Lock hospitals Punjab
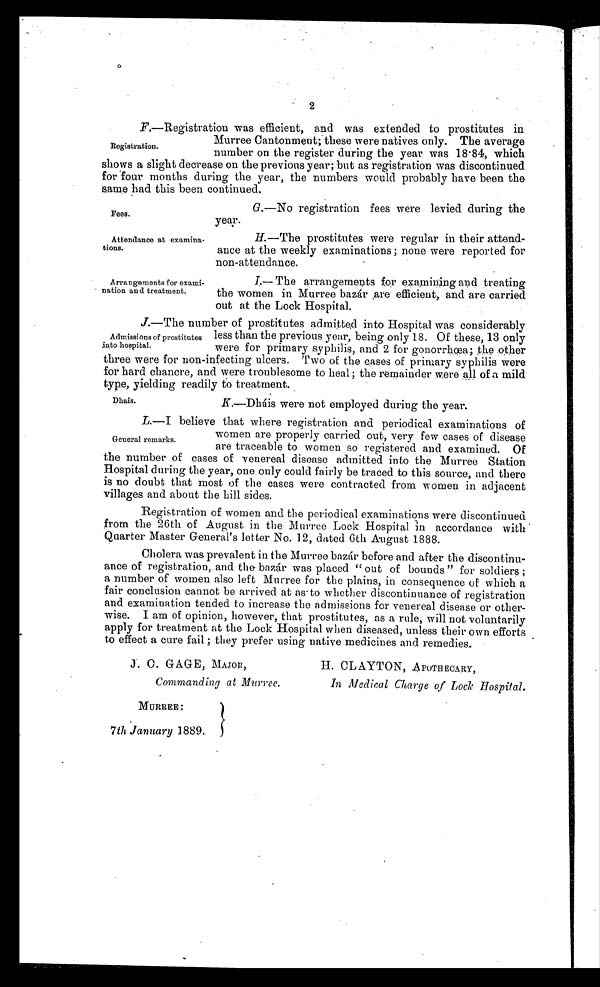
Fees.
Attendance at examina-
tions.
Arrangements for exami-
nation an d treatment.
2
F.—Registration was efficient, and was extended to prostitutes in
Murree Cantonment; these were natives only. The average
Registration.
number on the register during the year was 18.84, which
shows a slight decrease on the previous year; but as registration was discontinued
for four months during the year, the numbers would probably have been the
same had this been continued.
G.—No registration fees were levied during the
year.
H.—The prostitutes were regular in their attend-
ance at the weekly examinations; none were reported for
non-attendance.
I.—The arrangements f or examining and treating
the women in Murree bazár ,are efficient, and are carried
out at the Lock Hospital.
J.—The number of prostitutes admitted into Hospital was considerably
less than the previous year, being only 18. Of these, 13 only
were for primary syphilis, and 2 for gonorrhœa; the other
three were for non-infecting ulcers. Two of the cases of primary syphilis were
for hard chancre, and were troublesome to heal; the remainder were all of a mild
type, yielding readily to treatment.
.
K.—Dháis were not employed during the year.
Dhais
L .—I believe that where registration and periodical examinations of
women are properly carried out, very few cases of disease
are traceable to women so registered and examined. Of
the number of cases of venereal disease admitted into the Murree Station
Hospital during the year, one only could fairly be traced to this source, and there
is no doubt that most of the cases were contracted from women in adjacent
villages and about the hill sides.
Registration of women and the periodical examinations were discontinued
from the 26th of August in the Murree Lock Hospital in accordance with
Quarter Master General's letter No. 12, dated 6th August 1888.
Cholera was prevalent in the Murree bazár before and after the discontinu-
ance of registration, and the. bazár was placed "out of bounds" for soldiers ;
a number of women also left Murree for the plains, in consequence of which a
fair conclusion cannot be arrived at as to whether discontinuance of registration
and examination tended to increase the admissions for venereal disease or other-
wise. I am of opinion, however, that prostitutes, as a rule, will not voluntarily
apply for treatment at the Lock Hospital when diseased, unless their own efforts
to effect a cure fail ; they prefer using native medicines and remedies.
Admissions of prostitutes
into hospital.
General remarks.
J. C. GAGE, MAJOR,
Commanding at Murree.
MURREE :
7th January 1889.
H. CLAYTON, APOTHECARY,
In Medical Charge of Lock Hospital.